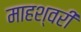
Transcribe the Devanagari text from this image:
माहश्वरी